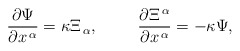
\begin{align*}\frac{\partial\Psi}{\partial x^{\,\alpha}}=\kappa \Xi_{\,\alpha}, \hspace*{1cm}\frac{\partial \Xi^{\,\alpha}}{\partial x^{\,\alpha}}=-\kappa\Psi,\end{align*}